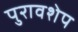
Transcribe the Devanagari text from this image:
पुरावशेप